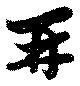
再